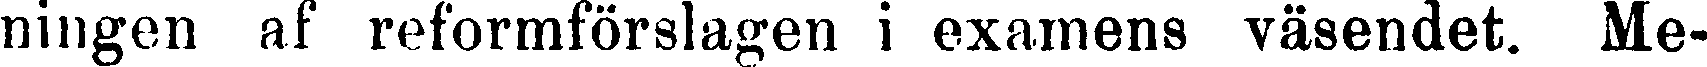
ningen af reformförslagen i examens väsendet. Me-